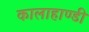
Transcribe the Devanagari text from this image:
कालाहाण्डी